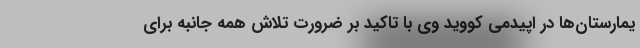
یمارستان‌ها در اپیدمی کووید وی با تاکید بر ضرورت تلاش همه جانبه برای